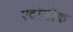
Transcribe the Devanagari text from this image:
एटॉमीक